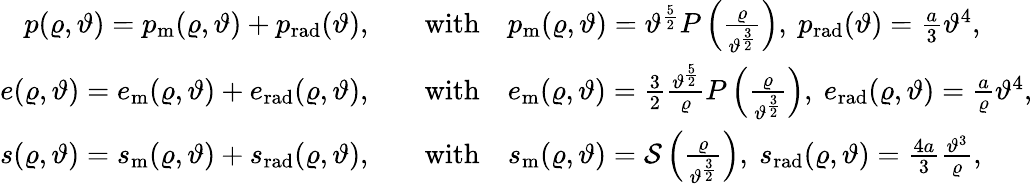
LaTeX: \begin{array}{rl}{p(\varrho,\vartheta)=p_{\textup{m}}(\varrho,\vartheta)+p_{\textup{rad}}(\vartheta),\quad}&{\mathrm{with}\quad p_{\textup{m}}(\varrho,\vartheta)=\vartheta^{\frac{5}{2}}P\left(\frac{\varrho}{\vartheta^{\frac{3}{2}}}\right),\ p_{\textup{rad}}(\vartheta)=\frac{a}{3}\vartheta^{4},}\\ {e(\varrho,\vartheta)=e_{\textup{m}}(\varrho,\vartheta)+e_{\textup{rad}}(\varrho,\vartheta),\quad}&{\mathrm{with}\quad e_{\textup{m}}(\varrho,\vartheta)=\frac{3}{2}\frac{\vartheta^{\frac{5}{2}}}{\varrho}P\left(\frac{\varrho}{\vartheta^{\frac{3}{2}}}\right),\ e_{\textup{rad}}(\varrho,\vartheta)=\frac{a}{\varrho}\vartheta^{4},}\\ {s(\varrho,\vartheta)=s_{\textup{m}}(\varrho,\vartheta)+s_{\textup{rad}}(\varrho,\vartheta),\quad}&{\mathrm{with}\quad s_{\textup{m}}(\varrho,\vartheta)=\mathcal{S}\left(\frac{\varrho}{\vartheta^{\frac{3}{2}}}\right),\ s_{\textup{rad}}(\varrho,\vartheta)=\frac{4a}{3}\frac{\vartheta^{3}}{\varrho},}\end{array}